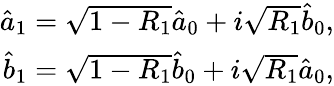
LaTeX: \begin{array}{r}{\hat{a}_{1}=\sqrt{1-R_{1}}\hat{a}_{0}+i\sqrt{R_{1}}\hat{b}_{0},}\\ {\hat{b}_{1}=\sqrt{1-R_{1}}\hat{b}_{0}+i\sqrt{R_{1}}\hat{a}_{0},}\end{array}